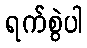
ရက်စွဲပါ